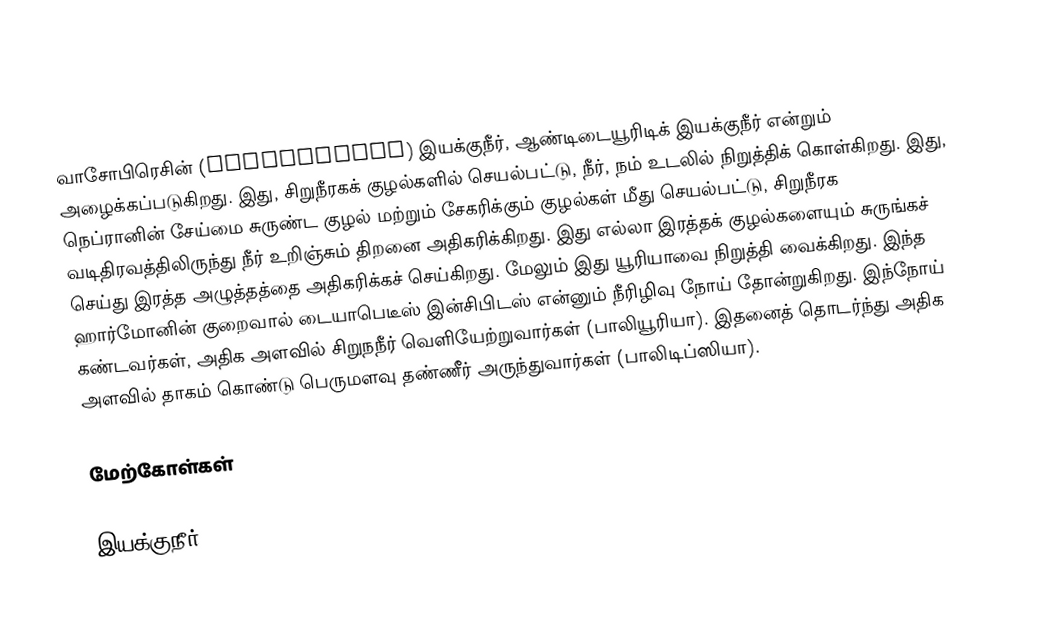
வாசோபிரெசின் (Vasopressin) இயக்குநீர், ஆண்டிடையூரிடிக் இயக்குநீர் என்றும் அழைக்கப்படுகிறது. இது, சிறுநீரகக் குழல்களில் செயல்பட்டு, நீர், நம் உடலில் நிறுத்திக் கொள்கிறது. இது, நெப்ரானின் சேய்மை சுருண்ட குழல் மற்றும் சேகரிக்கும் குழல்கள் மீது செயல்பட்டு, சிறுநீரக வடிதிரவத்திலிருந்து நீர் உறிஞ்சும் திறனை அதிகரிக்கிறது. இது எல்லா இரத்தக் குழல்களையும் சுருங்கச் செய்து இரத்த அழுத்தத்தை அதிகரிக்கச் செய்கிறது. மேலும் இது யூரியாவை நிறுத்தி வைக்கிறது. இந்த ஹார்மோனின் குறைவால் டையாபெடீஸ் இன்சிபிடஸ் என்னும் நீரிழிவு நோய் தோன்றுகிறது. இந்நோய் கண்டவர்கள், அதிக அளவில் சிறுநநீர் வெளியேற்றுவார்கள் (பாலியூரியா). இதனைத் தொடர்ந்து அதிக அளவில் தாகம் கொண்டு பெருமளவு தண்ணீர் அருந்துவார்கள் (பாலிடிப்ஸியா).

மேற்கோள்கள்

இயக்குநீர்